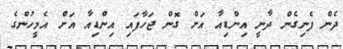
ދެން ފެނިގެން ދާނީ އިންޑިއާ އަށް ގޮން ޖަހާފައި އިންޑިއާ އަށް އެމީހުންގެ